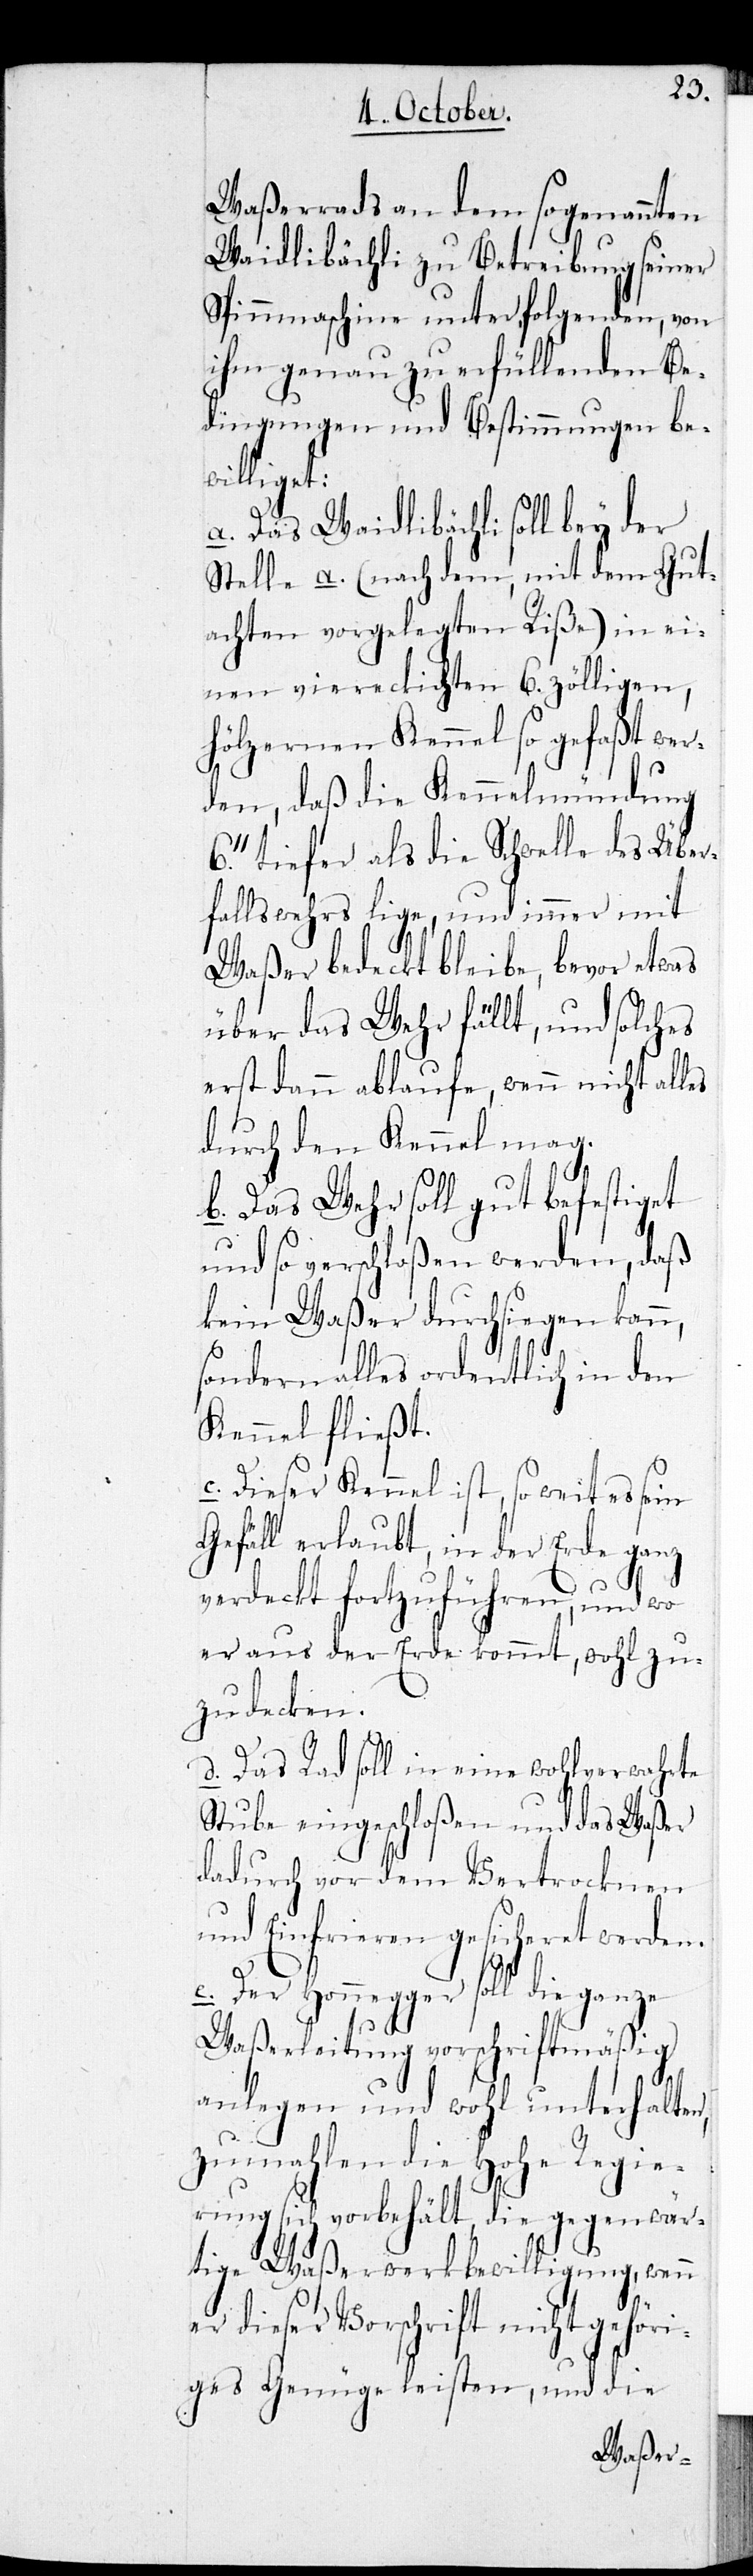
Waßerrads an dem sogenannten
Waidlibächli zu Betreibung seiner
Spinnmaschine unter folgenden, von
ihm genau zu erfüllenden Be¬
dingungen und Bestimmungen be¬
williget:
a. Das Waidlibächli soll bey der
Stelle a. (nach dem, mit dem Gut¬
achten vorgelegten Riße) in ei¬
nen viereckichten 6. zölligen,
hölzernen Kennal so gefaßt wer¬
den, daß die Kennelmündung
tiefer als die Schwelle des Über¬
fallswehrs lige, und immer mit
Waßer bedeckt bleibe, bevor etwas
über das Wehr fällt, und solches
erst dann ablaufe, wenn nicht alles
durch den Kennel mag.
b. Das Wehr soll gut befestigte
und so verschloßen werden, daß
kein Waßer durchsiegen kann,
sondern alles ordentlich in den
Kennel fließt.
c. Dieser Kennel ist, so weit es sein
Gefäll erlaubt, in der Erde ganz
verdeckt fortzuführen, und wo
er aus der Erde kommt, wohl zu¬
zudecken.
d. Das Rad soll in eine wohlverwahrte
Stube eingeschloßen und das Waßer
dadurch vor dem Vertrocknen
und Einfrieren gesicheret werden.
e. Der Honegger soll die
Waßerleitung vorschriftmäßig
anlegen und wohl unterhalten,
zumahlen die Hohe Regie¬
rung sich vorbehält, die gegenwär¬
tige Waßerwerkbewilligung, wenn
er dieser Vorschrift nicht gehöri¬
ges Genüge leisten, und die